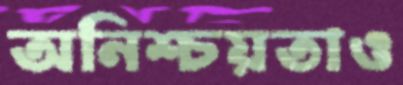
অনিশ্চয়তাও